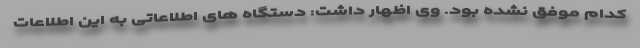
کدام موفق نشده بود. وی اظهار داشت: دستگاه های اطلاعاتی به این اطلاعات